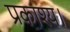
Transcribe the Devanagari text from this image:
प्रकाश्य।